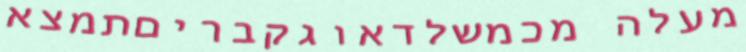
מעלה מכמשלדאוגקבריםתמצא